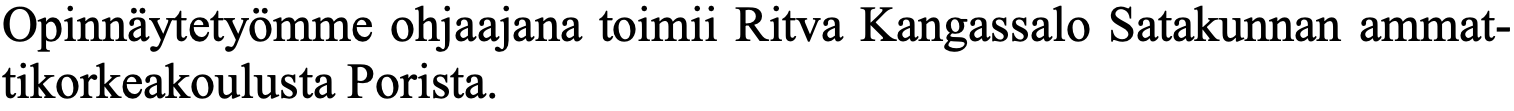
Opinnäytetyömme ohjaajana toimii Ritva Kangassalo Satakunnan ammat- tikorkeakoulusta Porista.